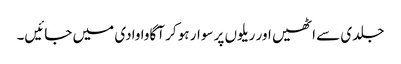
جلدی سے اٹھیں اور ریلوں پر سوار ہو کر آگاوا وادی میں جائیں۔